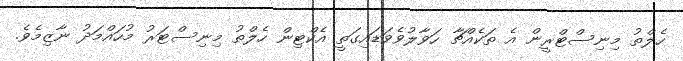
ހެލްތު މިނިސްޓްރީން އެ ތަކެއްޗާ ހަވާލުވެވަޑައިގަތީ އެކްޓިން ހެލްތު މިނިސްޓަރު މުހައްމަދު ނާޒިމެވެ.